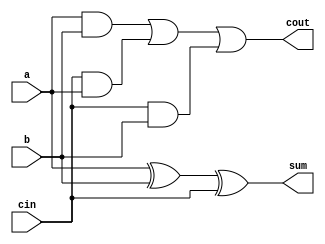
module Full_Adder(a,b,cin,cout,sum);
	input a,b,cin;
	output cout,sum;
	
	assign sum = a^b^cin;
	assign cout = (a&b)|(cin&a)|(cin&b);
	

endmodule